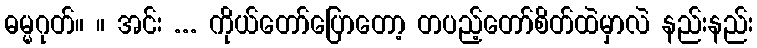
ဓမ္မဂုတ်။ ။ အင်း ... ကိုယ်တော်ပြောတော့ တပည့်တော်စိတ်ထဲမှာလဲ နည်းနည်း